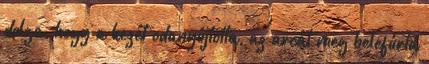
dolga, hogy a kezét odanyújtotta, az arcát meg belefúrta